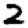
Digit: 2